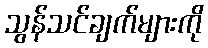
သွန်သင်ချက်များကို